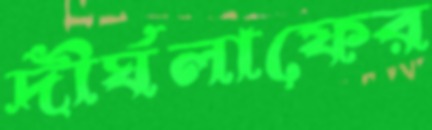
দীর্ঘলাফের